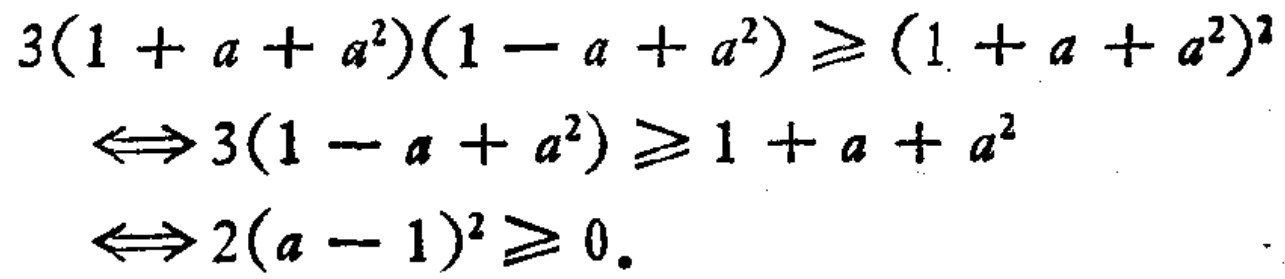
\[

\begin{align*}

3(1 + a + a^{2})(1 - a + a^{2})&\geq(1 + a + a^{2})^{2}\\

\Longleftrightarrow3(1 - a + a^{2})&\geq1 + a + a^{2}\\

\Longleftrightarrow2(a - 1)^{2}&\geq0.

\end{align*}

\]